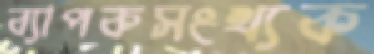
ব্যাপকসংখ্যক